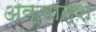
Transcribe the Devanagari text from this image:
अक्षान्श